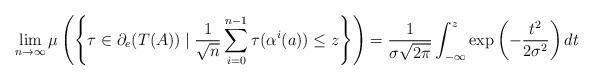
LaTeX: \begin{align*}\lim_{n\to\infty} \mu\left(\left\{\tau\in \partial_e(T(A)) \mid \frac{1}{\sqrt{n}}\sum_{i=0}^{n-1}\tau(\alpha^i(a)) \le z \right\}\right) = \frac{1}{\sigma\sqrt{2\pi}}\int_{-\infty}^z\exp\left(-\frac{t^2}{2\sigma^2}\right)dt\end{align*}